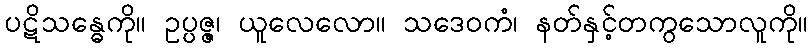
ပဋိသန္ဓေကို။ ဥပ္ပဇ္ဇ၊ ယူလေလော။ သဒေဝကံ၊ နတ်နှင့်တကွသောလူကို။